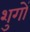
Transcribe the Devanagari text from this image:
शुगों